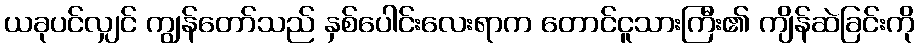
ယခုပင်လျှင် ကျွန်တော်သည် နှစ်ပေါင်းလေးရာက တောင်ငူသားကြီး၏ ကျိန်ဆဲခြင်းကို